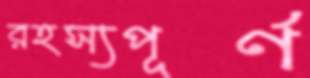
রহস্যপূর্ণ